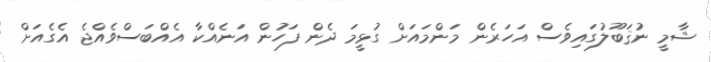
ޝާމީ ނުޤަބޫލުގައިވެސް އަހަރެން މަންމައަށް ގުޅީމަ ދެން ފަހުން އަނެއްކާ އެއްބަސްވެއްޖެ އެގެއަށް